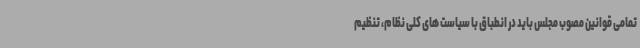
تمامی قوانین مصوب مجلس باید در انطباق با سیاست های کلی نظام، تنظیم